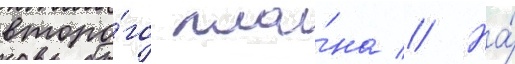
второ́го пла́на // На́